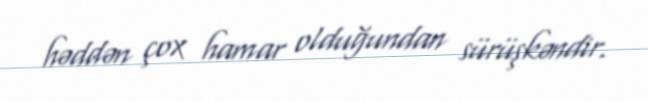
həddən çox hamar olduğundan sürüşkəndir.